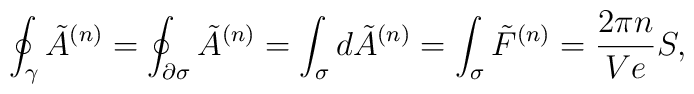
\oint_{\gamma} \tilde{A}^{(n)}  = \oint_{\partial \sigma} \tilde{A}^{(n)} = \int_{\sigma} d\tilde{A}^{(n)} =   \int_{\sigma} \tilde{F}^{(n)} = \frac{2\pi n}{Ve} S,